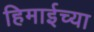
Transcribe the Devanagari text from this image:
हिमाईच्या